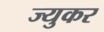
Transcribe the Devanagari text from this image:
ज्युकर